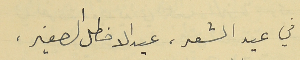
" في عيد الشعر، عيد الاخطل الصغير،